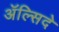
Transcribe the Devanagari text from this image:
अॅल्सिदे